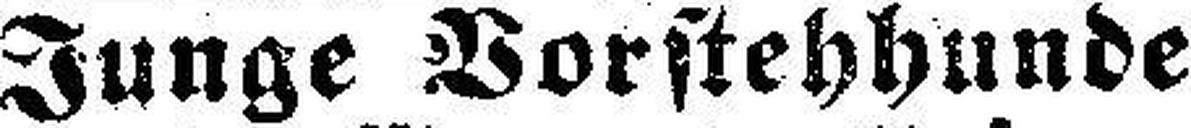
Junge Vorstehhunde